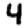
Digit: 4